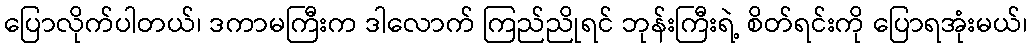
ပြောလိုက်ပါတယ်၊ ဒကာမကြီးက ဒါလောက် ကြည်ညိုရင် ဘုန်းကြီးရဲ့ စိတ်ရင်းကို ပြောရအုံးမယ်၊